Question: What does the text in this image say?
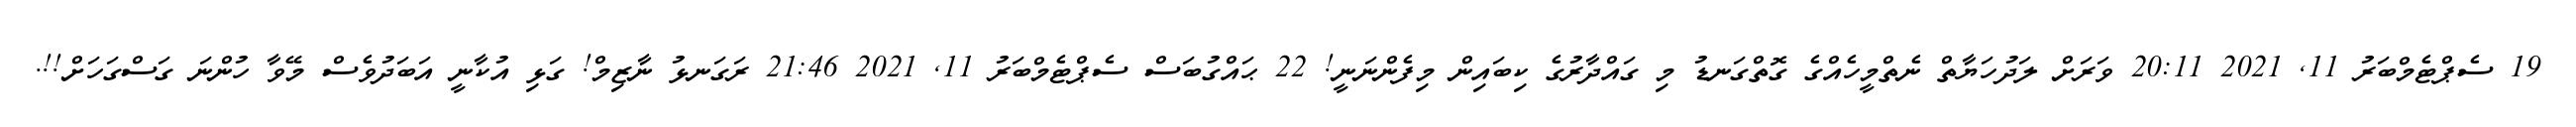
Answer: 19 ސެޕްޓެމްބަރު 11, 2021 20:11 ވަރަށް ލަދުހަޔާތް ނެތްމީހެއްގެ ގޮތްގަނޑު މި ގައްދާރުގެ ކިބައިން މިފެންނަނީ! 22 ޙައްގުބަސް ސެޕްޓެމްބަރު 11, 2021 21:46 ރަގަނޅު ނާޒިމް! ގަޅި އުކާނީ އަބަދުވެސް މޭވާ ހުންނަ ގަސްގަހަށް!!.